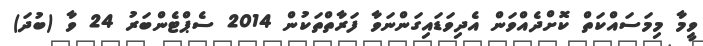
ވީމާ މިމަސައްކަތް ކޮށްދެއްވަން އެދިވަޑައިގަންނަވާ ފަރާތްތަކުން 2014 ސެޕްޓެންބަރު 24 ވާ (ބުދަ)